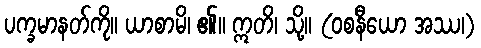
ပက္ခမာနတ်ကို။ ယာစာမိ၊ ၏။ ဣတိ၊ သို့။ (ဝစနီယော အဿ၊)